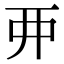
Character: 𫝁